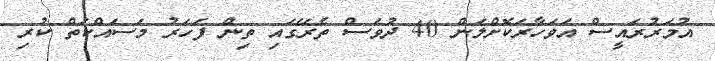
އުމަރުރައީސް އަވަހާރަކޮށްލަން 40 ދުވަސް ތެރޭގައި ތިން ފަހަރު މަސައްކަތް ކުރި